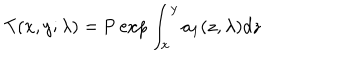
T ( x , y ; \lambda ) = \mathrm { P } \exp \int _ { x } ^ { y } a _ { 1 } ( z , \lambda ) d z